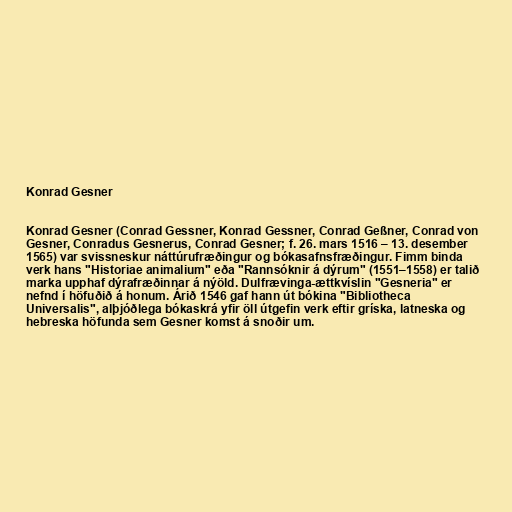
Konrad Gesner

Konrad Gesner (Conrad Gessner, Konrad Gessner, Conrad Geßner, Conrad von
Gesner, Conradus Gesnerus, Conrad Gesner; f. 26. mars 1516 – 13. desember
1565) var svissneskur náttúrufræðingur og bókasafnsfræðingur. Fimm binda
verk hans "Historiae animalium" eða "Rannsóknir á dýrum" (1551–1558) er talið
marka upphaf dýrafræðinnar á nýöld. Dulfrævinga-ættkvíslin "Gesneria" er
nefnd í höfuðið á honum. Árið 1546 gaf hann út bókina "Bibliotheca
Universalis", alþjóðlega bókaskrá yfir öll útgefin verk eftir gríska, latneska og
hebreska höfunda sem Gesner komst á snoðir um.